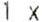
1 X